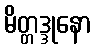
မိတ္တဒ္ဒုနော